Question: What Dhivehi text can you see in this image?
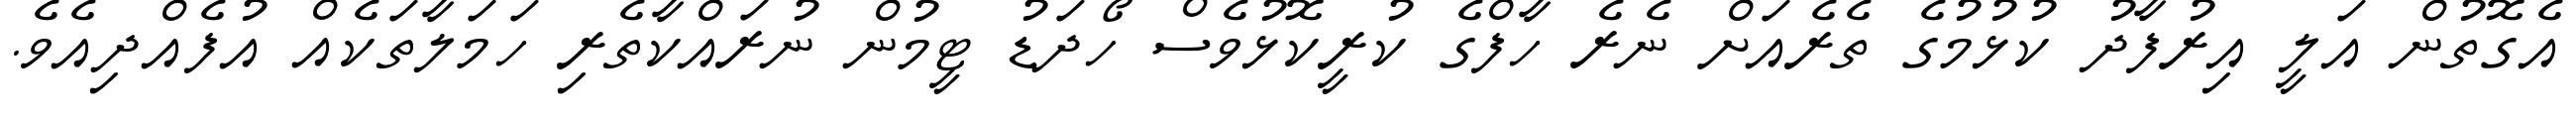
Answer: އެގޮތުން އަލީ އިރުފާދު ކުޅުމުގެ ތެރެއަށް ނެރެ ހާފްގެ ކުރީކޮޅުވެސް ހޯދަޑު ޓީމުން ނުރައްކާތެރި ހަމަލާތަކެއް އުފެއްދިއެވެ.